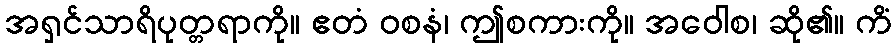
အရှင်သာရိပုတ္တရာကို။ ဧတံ ဝစနံ၊ ဤစကားကို။ အဝေါစ၊ ဆို၏။ ကိံ